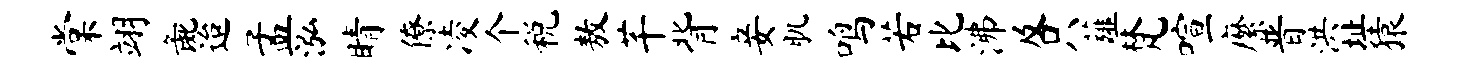
棠翊彘迨孟泓睛僚凌个税敖芊背妾肌鸣若比沸及只薤梵喧縻晋洪址猿